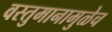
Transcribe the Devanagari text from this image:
वस्तुमानामुळेच